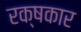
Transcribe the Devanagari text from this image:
रक्षकार